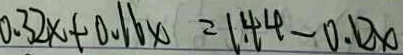
0 . 3 2 x + 0 . 1 6 x = 1 . 4 4 - 0 . 1 2 x